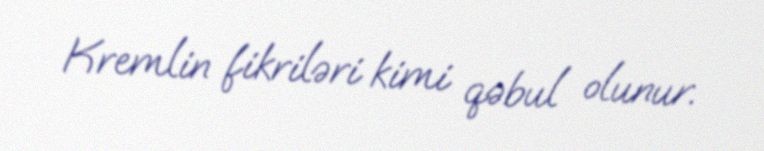
Kremlin fikriləri kimi qəbul olunur.